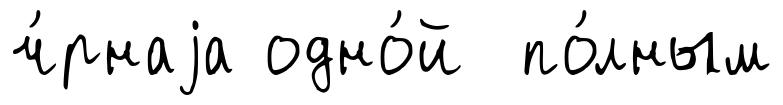
ч́рнаjа одно́й по́лным